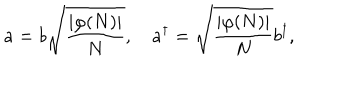
a = b \sqrt { \frac { | \varphi ( N ) | } { N } } , \quad a ^ { \dagger } = \sqrt { \frac { | \varphi ( N ) | } { N } } b ^ { \dagger } ,